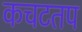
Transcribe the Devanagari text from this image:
कचटतप